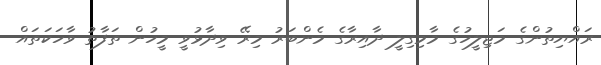
ރައްޔިތުންގެ މަޖިލީހުގެ މާމިގިލީ ދާއިރާގެ މެންބަރު މިރޭ ވިދާޅުވީ މީހުން ތަފާތު ވާހަކަތައް